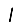
Digit: 1